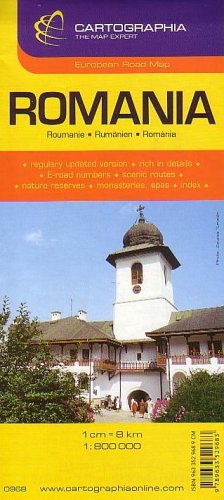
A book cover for Romania Map; Cartographia; Travel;